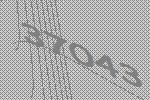
37043